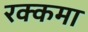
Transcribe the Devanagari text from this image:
रक्कमा